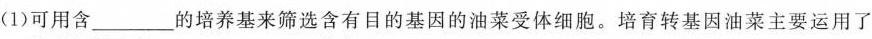
(1)可用含___的培养基来筛选含有目的基因的油菜受体细胞。培育转基因油菜主要运用了